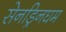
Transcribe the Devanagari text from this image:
सेनड्रिनघम